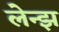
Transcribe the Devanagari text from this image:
लेन्झ